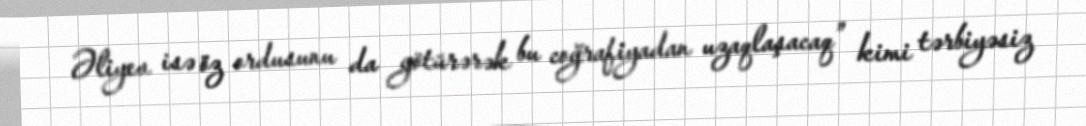
Əliyev isə öz ordusunu da götürərək bu coğrafiyadan uzaqlaşacaq” kimi tərbiyəsiz